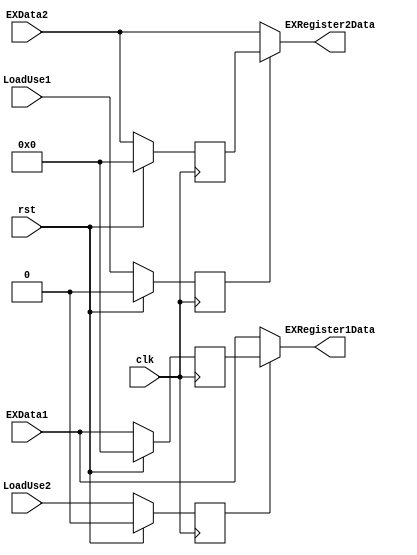
`timescale 1ns / 1ps
//////////////////////////////////////////////////////////////////////////////////
// Version: 2.22 23:00
//
//
//////////////////////////////////////////////////////////////////////////////////


module LoadUse
(
input wire [31:0] EXData1,
input wire [31:0] EXData2,
input wire clk,
input wire rst,
input wire LoadUse1,
input wire LoadUse2,
output wire [31:0] EXRegister1Data,
output wire [31:0] EXRegister2Data
);
reg [31:0] EXData1_next;
reg [31:0] EXData2_next;
reg LoadUse1_next;
reg LoadUse2_next;
assign EXRegister1Data = LoadUse2_next ? EXData1_next : EXData1;
assign EXRegister2Data = LoadUse1_next ? EXData2_next : EXData2;
always @ ( posedge clk ) begin
    if(rst) begin
        EXData1_next <= 0;
        EXData2_next <= 0;
        LoadUse1_next <= 0;
        LoadUse2_next <= 0;
    end
    else begin
        EXData1_next <= EXData1;
        EXData2_next <= EXData2;
        LoadUse1_next <= LoadUse1;
        LoadUse2_next <= LoadUse2;
    end
end
endmodule